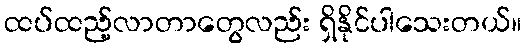
ထပ်ထည့်လာတာတွေလည်း ရှိနိုင်ပါသေးတယ်။